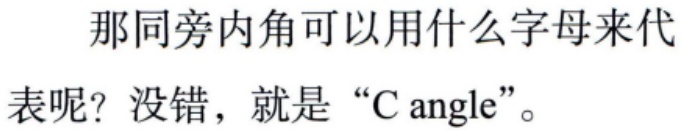
那同旁内角可以用什么字母来代
表呢？没错，就是“C angle”。